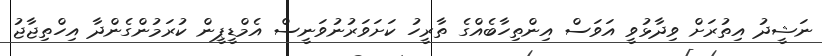
ނަޝީދު އިތުރަށް ވިދާޅުވީ އަވަސް އިންތިހާބެއްގެ ތާރީހު ކަށަވަރުނުވަނީސް އެމްޑީޕީން ކުރަމުންގެންދާ އިހްތިޖާޖު